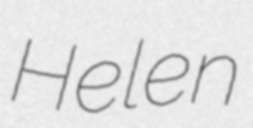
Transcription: Helen